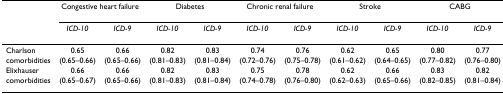
|  | <COLSPAN=2> Congestive heart failure | <COLSPAN=2> Diabetes | <COLSPAN=2> Chronic renal failure | <COLSPAN=2> Stroke | <COLSPAN=2> CABG |
 |  | ICD-10 | ICD-9 | ICD-10 | ICD-9 | ICD-10 | ICD-9 | ICD-10 | ICD-9 | ICD-10 | ICD-9 |
 | --- | --- | --- | --- | --- | --- | --- | --- | --- | --- | --- |
 | Charlson | 0.65 | 0.66 | 0.82 | 0.83 | 0.74 | 0.76 | 0.62 | 0.65 | 0.80 | 0.77 |
 | comorbidities | (0.65–0.66) | (0.65–0.66) | (0.81–0.83) | (0.81–0.84) | (0.72–0.76) | (0.75–0.78) | (0.61–0.62) | (0.64–0.65) | (0.77–0.82) | (0.76–0.80) |
 | Elixhauser | 0.66 | 0.66 | 0.82 | 0.83 | 0.75 | 0.78 | 0.62 | 0.66 | 0.83 | 0.82 |
 | comorbidities | (0.65–0.67) | (0.65–0.66) | (0.81–0.83) | (0.81–0.84) | (0.74–0.78) | (0.76–0.80) | (0.62–0.63) | (0.65–0.66) | (0.82–0.85) | (0.81–0.84) |